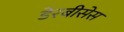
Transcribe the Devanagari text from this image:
डेरबीसेस